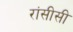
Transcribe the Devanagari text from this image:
रांसीसी